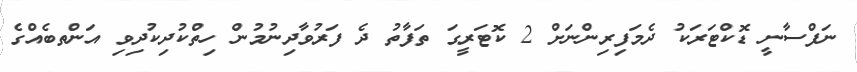
ނަފްސާނީ ޑޮކްޓަރަކު ދެމަފިރިންނަށް 2 ކޮޓަރީގަ ތަފާތު ދެ ފަރުވާދިނުމުން ހިތްކުދިކުދިވި އަންތބެއްގެ